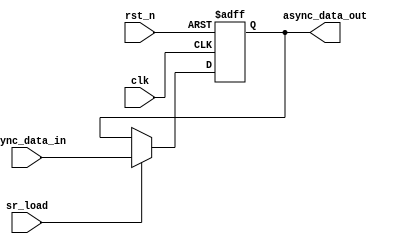
// SPDX-License-Identifier: Apache-2.0
// Copyright (C) 2019 Intel Corporation. 
module hdpldadapt_async_update 
 #(
    parameter AWIDTH    = 1,    // Async input width
    parameter RESET_VAL = 0     // Reset value
  )
(
input  wire              clk,     
input  wire              rst_n,   
input  wire              sr_load,
input  wire [AWIDTH-1:0] async_data_in, 
output reg  [AWIDTH-1:0] async_data_out 
);

localparam reset_value = (RESET_VAL == 1) ? 1'b1 : 1'b0;

always @(negedge rst_n or posedge clk)
  if (rst_n == 1'b0)
    begin
      async_data_out[AWIDTH-1:0] <= {(AWIDTH){reset_value}};
    end
  else
    begin
      async_data_out[AWIDTH-1:0] <= sr_load ? async_data_in[AWIDTH-1:0] : async_data_out[AWIDTH-1:0];
    end


endmodule